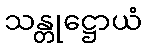
သန္တုဋ္ဌောယံ